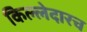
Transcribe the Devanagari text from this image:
किल्लेदारच